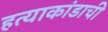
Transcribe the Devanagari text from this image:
हत्याकांडाची